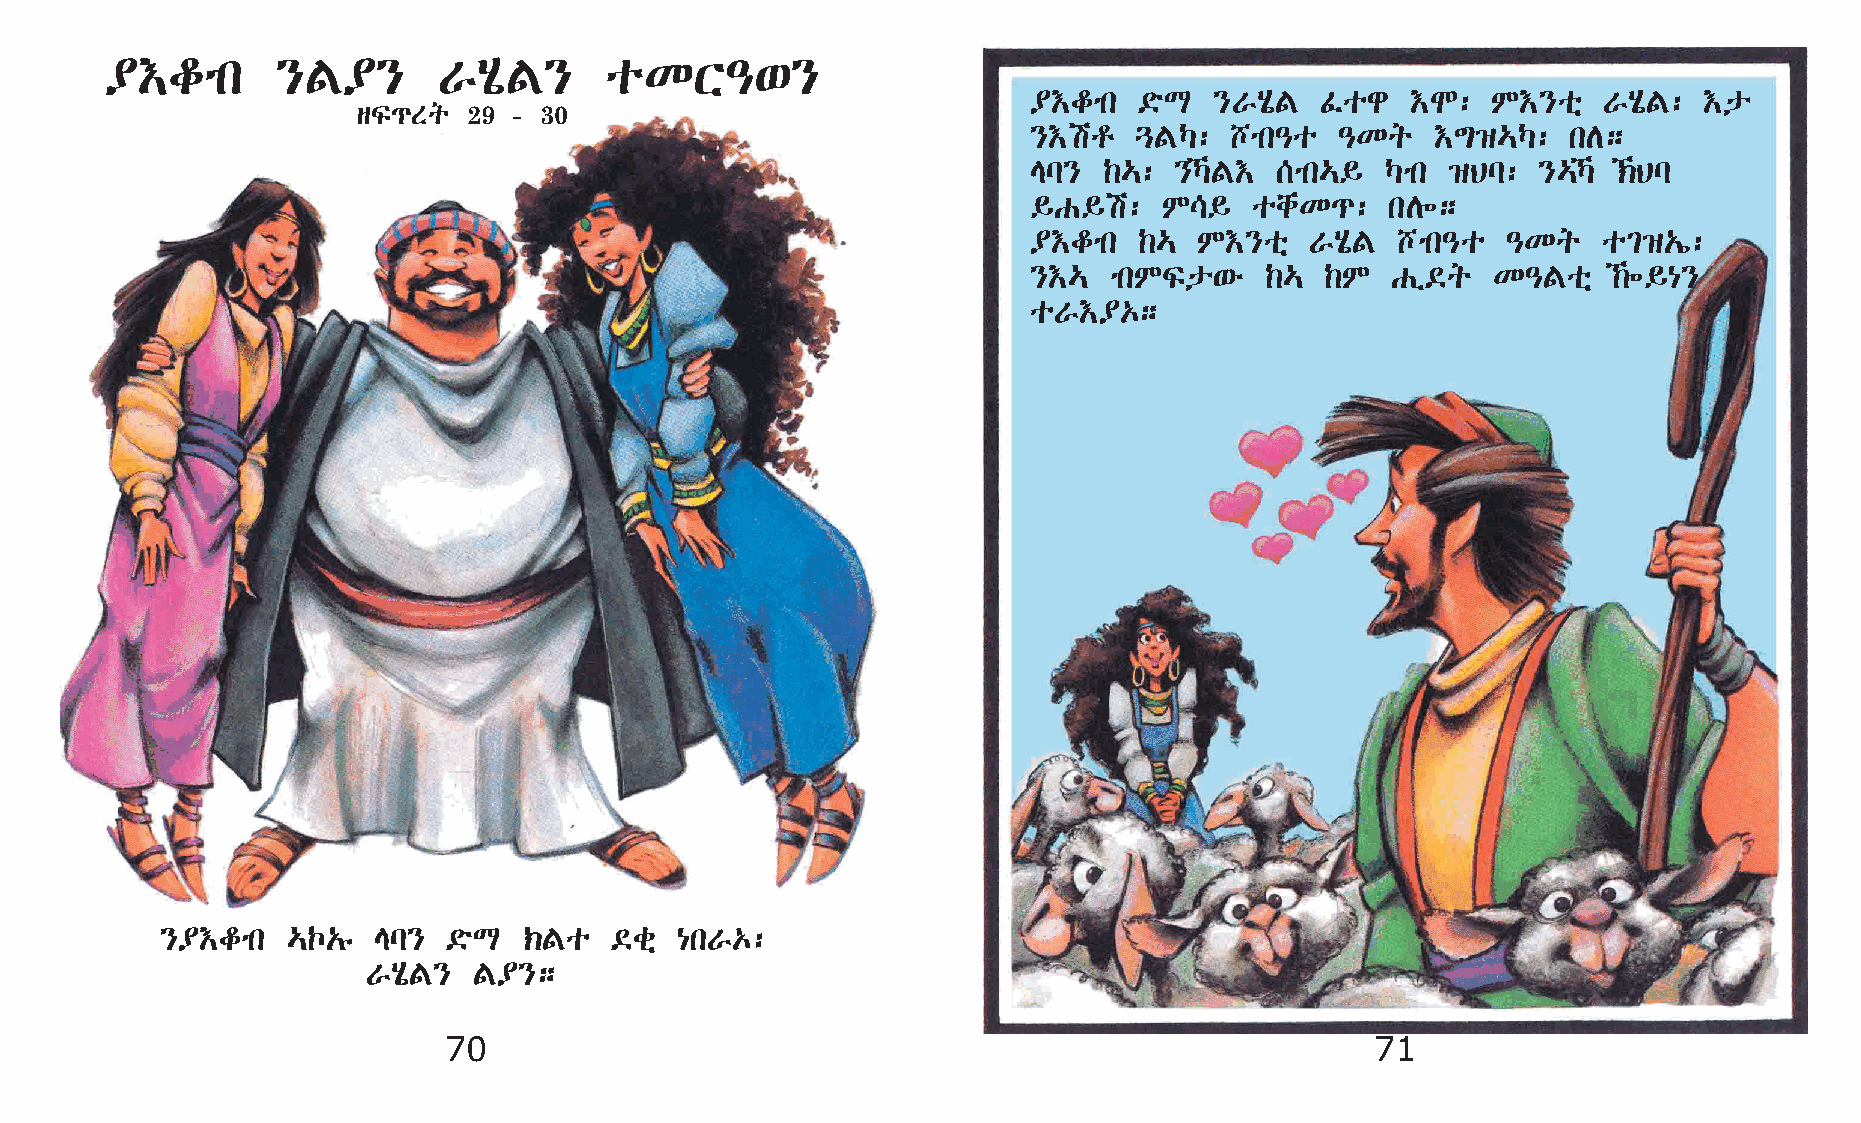
¥†fmk      }F¥}       VAôF}      oKX–‘}
 ¥†fmk  ©öL  }VAôF  Êog   †N:   M†}oñ  VAôF:  †p
 sÏ¹Sq  29 - 30
 }†ar   ¶FŠ:  bmk–o   –Kq   †´›…Š:   kD;
 El}  ‰…:  }ŠF† [mk…§   Šmk ›Bl:  }…Š ‹Bl
 §G§a:    M\§   ochK¹:   kD÷;
 ¥†fmk  ‰…  M†}oñ   VAôF bmk–o   –Kq   o²›„í:
 }†…  mkMÏp‘é    ‰…  ‰M  Gï©q   K–Foñ   ‰÷§{}
 oV†¥‡;
 }¥†fmk  …Œ„ê  El}  ©öL  ‹Fo  ©cñ  {kV‡:
 VAôF}  F¥};
 70                                                            71